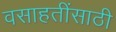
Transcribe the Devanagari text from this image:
वसाहतींसाठी